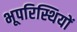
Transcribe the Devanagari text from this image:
भूपरिस्थियों